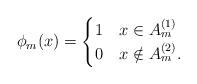
LaTeX: \begin{align*}\phi_m(x) = \begin{cases} 1 & x\in A_m^{(1)} \\ 0 & x\notin A_m^{(2)}.\end{cases}\end{align*}